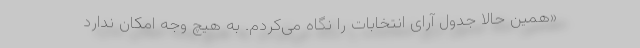
«همین حالا جدول آرای انتخابات را نگاه می‌کردم. به هیچ وجه امکان ندارد